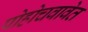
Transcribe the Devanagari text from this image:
पोहोचवावेत